system: You are a helpful assistant.
user:
Analyze the provided spectrum to determine if it is a **Carbon Star (C-type)**.

- **Key Visual Indicators of Carbon Star:**
    - **(Primary):** Strong molecular absorption from **C₂ (diatomic carbon) "Swan Bands."** This is the **defining feature** of a carbon star.
        - **(Key Bandheads):** Sharp absorption edges are visible at approximately $5635$ Å, $5165$ Å (the strongest band), and $4737$ Å.
        - **(Line Profile):** Creates a distinct **"saw-tooth"** pattern. The key morphology is a sharp, steep bandhead on the **red (long-wavelength) side**, which then gradually tapers off (i.e., flux recovers) towards the **blue (short-wavelength) side**. *(This is the direct opposite of the TiO bands seen in M-type stars)*.

    - **(Secondary):** Intense **CN (cyanogen)** molecular absorption bands.
        - **(Key Bandheads):** Located in the blue and violet regions of the spectrum (e.g., near $4215$ Å and $3883$ Å).
        - **(Morphology):** These bands are extremely broad and act as a "blanket," absorbing the vast majority of blue and violet light. This creates a characteristic **"cliff"** or **"steep drop-off"** in the spectrum's flux at short wavelengths.

    - **(Key Confirmation):** Strong **CH absorption band (G-band)**.
        - **(Key Bandhead):** Located around $4300$ Å. The contribution from CH molecules to this band is exceptionally strong.

    - **(Overall Spectrum):**
        - The continuum is severely "chopped up" by these deep molecular bands, especially C₂, rather than appearing as a smooth curve.
        - Due to the heavy CN and C₂ absorption in the blue-green, the vast majority of the star's flux is concentrated in the red part of the spectrum, giving the star its characteristic deep red color.

Think first, call **spectral_visualization_tool** if needed to examine features in detail, then provide your final answer. Your response must adhere to the following strict rules:
1.  **Overall Structure:** Your response must follow the format `<think>...</think> <tool_call>...</tool_call> (if a tool is used) <answer>...</answer>`.
2.  **Tool Usage Constraint:** You may only make **one** tool call per turn.
3.  **Final Answer Format:** In the `<answer>` tag, your conclusion must be inside a `\boxed{}` command (e.g., `\boxed{YES}`), followed by your justification.

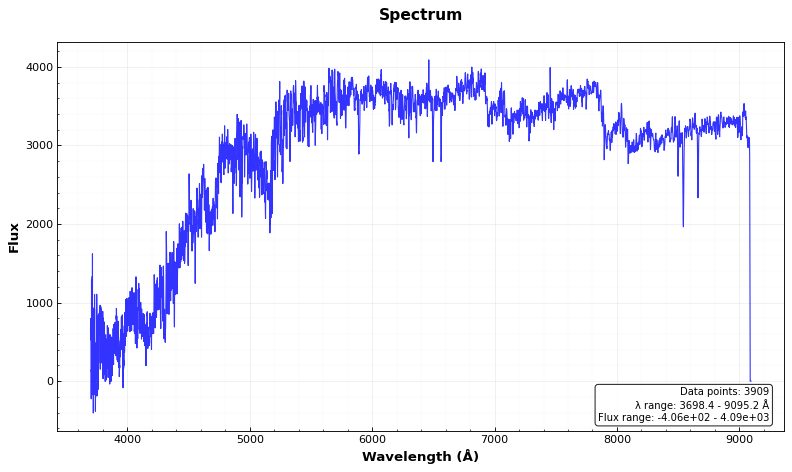
Answer: YES